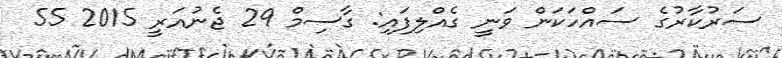
ސަރުކާރުގެ ސައްހަކަން ވަނީ ގެއްލިފައި: ގާސިމް 29 ޖެނުއަރީ 2015 55